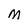
Character: M